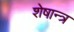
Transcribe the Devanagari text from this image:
शेषान्त्र